Civil Veterinary Department. United Provinces 1912-22 - 1912-1922
Year: 1912
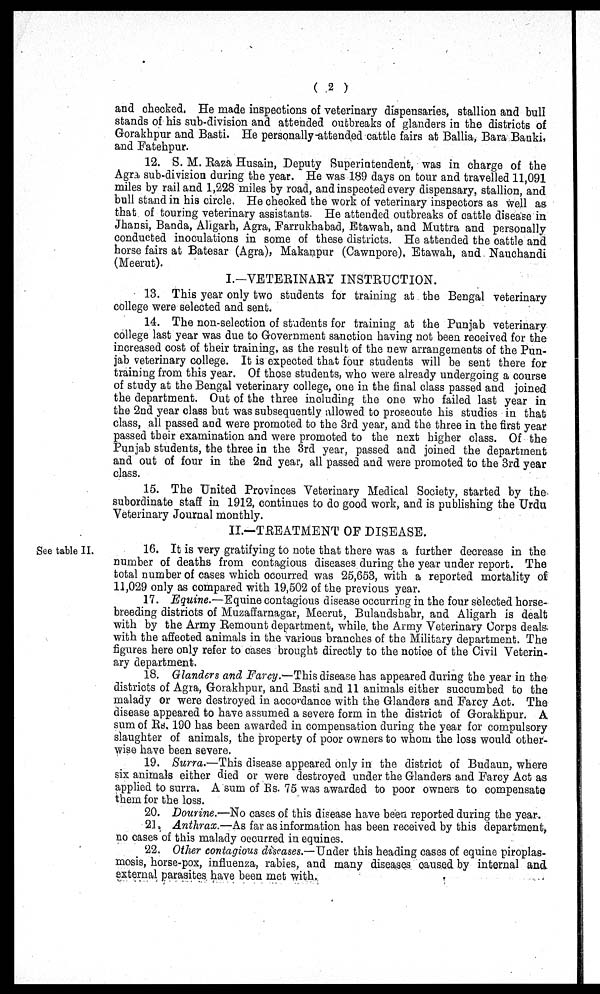
( 2 )
and checked. He made inspections of veterinary dispensaries, stallion and bull
stands of his sub-division and attended outbreaks of glanders in the districts of
Gorakhpur and Basti. He personally attended cattle fairs at Ballia, Bara Banki,
and Fatehpur.
12. S. M. Raza Husain, Deputy Superintendent, was in charge of the
Agra sub-division during the year. He was 189 days on tour and travelled 11,091
miles by rail and 1,228 miles by road, and inspected every dispensary, stallion, and
bull stand in his circle. He checked the work of veterinary inspectors as well as
that of touring veterinary assistants. He attended outbreaks of cattle disease in
Jhansi, Banda, Aligarh, Agra, Farrukhabad, Btawah, and Muttra and personally
conducted inoculations in some of these districts. He attended the cattle and
horse fairs at Batesar (Agra), Makanpur (Cawnpore), Etawah, and Nauchandi
(Meerut).
I.-VETERINARY INSTRUCTION.
13. This year only two students for training at the Bengal veterinary
college were selected and sent.
14. The non-selection of students for training at the Punjab veterinary
college last year was due to Government sanction having not been received for the
increased cost of their training, as the result of the new arrangements of the Pun-
jab veterinary college. It is expected that four students will be sent there for
training from this year. Of those students, who were already undergoing a course
of study at the Bengal veterinary college, one in the final class passed and joined
the department. Out of the three including the one who failed last year in
the 2nd year class but was subsequently allowed to prosecute his studies in that
class, all passed and were promoted to the 3rd year, and the three in the first year
passed their examination and were promoted to the next higher class. Of the
Punjab students, the three in the 3rd year, passed and joined the department
and out of four in the 2nd year, all passed and were promoted to the 3rd year
class.
15. The United Provinces Veterinary Medical Society, started by the
subordinate staff in 1912, continues to do good work, and is publishing the Urdu
Veterinary Journal monthly.
II—TREATMENT OF DISEASE.
See table II.
16. It is very gratifying to note that there was a further decrease in the
number of deaths from contagious diseases during the year under report. The
total number of cases which occurred was 25,653, with a reported mortality of
11,029 only as compared with 19,502 of the previous year.
17. Equine.—Equine contagious disease occurring in the four selected horse-
breeding districts of Muzaffarnagar, Meerut, Bulandshahr, and Aligarh is dealt
with by the Army Remount department, while the Army Veterinary Corps deals
with the affected animals in the various branches of the Military department. The
figures here only refer to cases brought directly to the notice of the Civil Veterin-
ary department.
18. Glanders and Farcy.—This disease has appeared during the year in the
districts of Agra, Gorakhpur, and Basti and 11 animals either succumbed to the
malady or were destroyed in accordance with the Glanders and Farcy Act. The
disease appeared to have assumed a severe form in the district of Gorakhpur. A
sum of Rs. 190 has been awarded in compensation during the year for compulsory
slaughter of animals, the property of poor owners to whom the loss would other-
wise have been severe.
19. Surra.—This disease appeared only in the district of Budaun, where
six animals either died or were destroyed under the Glanders and Farcy Act as
applied to surra. A sum of Rs. 75 was awarded to poor owners to compensate
them for the loss.
20. Dourine.—No cases of this disease have been reported during the year.
21. Anthrax.—As far as information has been received by this department,
no cases of this malady occurred in equines.
22. Other contagious diseases.—Under this heading cases of equine piroplas-
mosis, horse-pox, influenza, rabies, and many diseases caused by internal and.
external parasites have been met with.